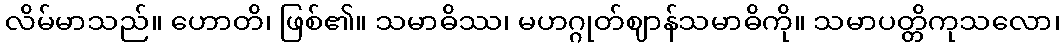
လိမ်မာသည်။ ဟောတိ၊ ဖြစ်၏။ သမာဓိဿ၊ မဟဂ္ဂုတ်ဈာန်သမာဓိကို။ သမာပတ္တိကုသလော၊